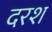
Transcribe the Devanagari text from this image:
दरश